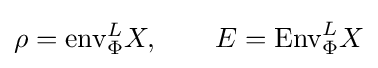
\rho ={\text{env}}_{\Phi }^{L}X,\qquad E={\text{Env}}_{\Phi }^{L}X